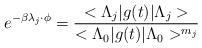
LaTeX: \begin{align*}e^{-\beta \lambda _{j}\cdot \phi }=\frac{<\Lambda _{j}|g(t)|\Lambda _{j}>}{<\Lambda _{0}|g(t)|\Lambda _{0}>^{m_{j}}}\end{align*}